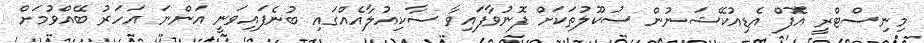
މިނިސްޓްރީ އޮފް އެޑިއުކޭޝަނުން ސުކޫލުތަަކަށް ފޮނުވާފައިވާ ސާކިއުލާއެއްގައި ބުނެފައިވަނީ އަންނަ އަހަރު ބޭއްވުމަށް